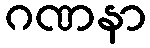
ဂဏနာ